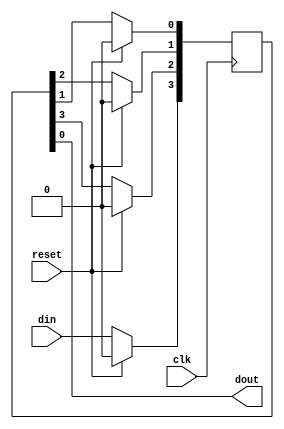
`timescale 1ns / 1ps
//////////////////////////////////////////////////////////////////////////////////
// Company: 
// Engineer: 
// 
// Design Name: 
// Module Name: siso
// Project Name: 
// Target Devices: 
// Tool Versions: 
// Description: 
// 
// Dependencies: 
// 
// Revision:
// Revision 0.01 - File Created
// Additional Comments:
// 
//////////////////////////////////////////////////////////////////////////////////


module siso(din,clk,reset,dout );
    output dout;
    input din,clk,reset;
    reg[3:0] s;
    always@(posedge clk)
    begin if(reset)
        s<=4'b0000;
        else begin
        s[3]<=din;
        s[2]<=s[3];
        s[1]<=s[2];
        s[0]<=s[1];
        end
        end
        assign dout=s[0];
endmodule